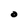
Character: O